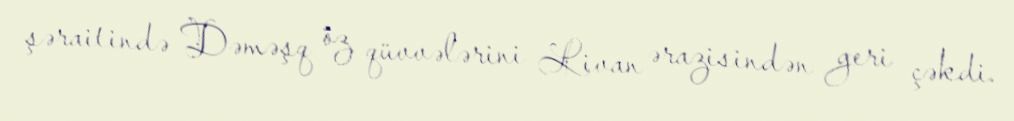
şəraitində Dəməşq öz qüvvələrini Livan ərazisindən geri çəkdi.